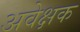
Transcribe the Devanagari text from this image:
अवेक्षक